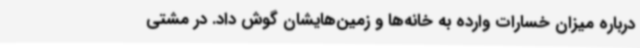
درباره میزان خسارات وارده به خانه‌ها و زمین‌هایشان گوش داد. در مشتی